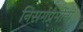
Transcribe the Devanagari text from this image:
निसर्गप्रेमींना